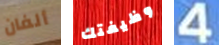
ألفان وظيفتك 4